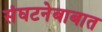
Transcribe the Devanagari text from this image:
संघटनेबाबात